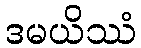
ဒမယိဿံ